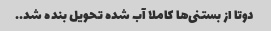
دوتا از بستنی‌ها کاملا آب شده تحویل بنده شد..